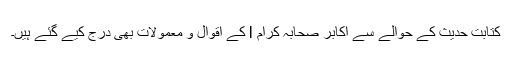
کتابتِ حدیث کے حوالے سے اکابر صحابہ کرام l کے اَقوال و معمولات بھی درج کیے گئے ہیں۔